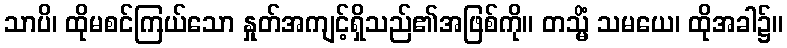
သာပိ၊ ထိုမစင်ကြယ်သော နှုတ်အကျင့်ရှိသည်၏အဖြစ်ကို။ တသ္မိံ သမယေ၊ ထိုအခါ၌။